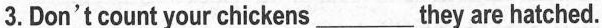
3.Don't count your chickens___they are hatched.